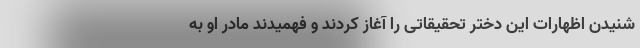
شنیدن اظهارات این دختر تحقیقاتی را آغاز کردند و فهمیدند مادر او به